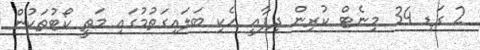
2 ގަޑި 34 މިނެޓް ކުރިން ދިފާއީ ހެކި ބަލައިގަތުމުގައި މަތީ ކޯޓުތަކުން